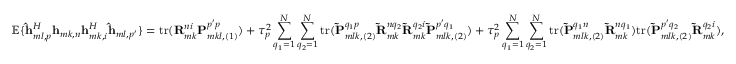
\mathbb { E } \{ \mathbf { \hat { h } } _ { m l , p } ^ { H } \mathbf { h } _ { m k , n } \mathbf { h } _ { m k , i } ^ { H } \mathbf { \hat { h } } _ { m l , p ^ { \prime } } \} = \mathrm { t r } ( \mathbf { R } _ { m k } ^ { n i } \mathbf { P } _ { m k l , \left( 1 \right) } ^ { p ^ { \prime } p } ) + \tau _ { p } ^ { 2 } \sum _ { q _ { 1 } = 1 } ^ { N } { \sum _ { q _ { 2 } = 1 } ^ { N } { \mathrm { t r } ( \mathbf { \tilde { P } } _ { m l k , \left( 2 \right) } ^ { q _ { 1 } p } \mathbf { \tilde { R } } _ { m k } ^ { n q _ { 2 } } \mathbf { \tilde { R } } _ { m k } ^ { q _ { 2 } i } \mathbf { \tilde { P } } _ { m l k , \left( 2 \right) } ^ { p ^ { \prime } q _ { 1 } } ) } } + \tau _ { p } ^ { 2 } \sum _ { q _ { 1 } = 1 } ^ { N } { \sum _ { q _ { 2 } = 1 } ^ { N } { \mathrm { t r } ( \mathbf { \tilde { P } } _ { m l k , \left( 2 \right) } ^ { q _ { 1 } n } \mathbf { \tilde { R } } _ { m k } ^ { n q _ { 1 } } ) \mathrm { t r } ( \mathbf { \tilde { P } } _ { m l k , \left( 2 \right) } ^ { p ^ { \prime } q _ { 2 } } \mathbf { \tilde { R } } _ { m k } ^ { q _ { 2 } i } ) } } ,